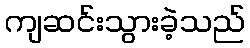
ကျဆင်းသွားခဲ့သည်